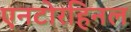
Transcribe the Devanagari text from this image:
एनटोरहिनल